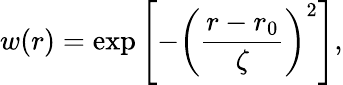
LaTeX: w(r)=\exp\left[-\left(\frac{r-r_{0}}{\zeta}\right)^{2}\right],